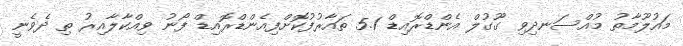
މައުލޫމާތު މުއްސަނދިވި ގޫގުލް އެންޑްރޮއިޑް 5.1 ތައާރުފުކޮށްފިއެންޑްރޮއިޑް ފޯނު ވިއްކާލާއިރު ތި ދެވެނީ